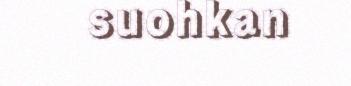
suohkan